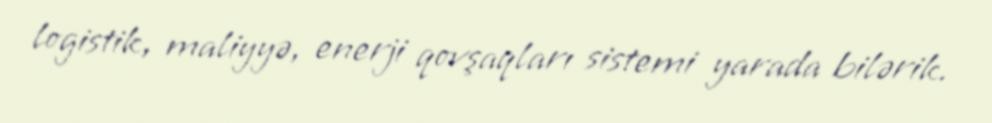
logistik, maliyyə, enerji qovşaqları sistemi yarada bilərik.